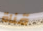
قناة